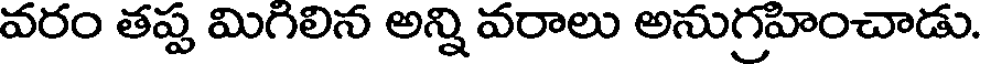
వరం తప్ప మిగిలిన అన్ని వరాలు అనుగ్రహించాడు.